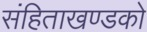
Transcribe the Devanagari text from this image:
संहिताखण्डको